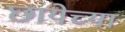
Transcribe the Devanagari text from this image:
छायेच्या